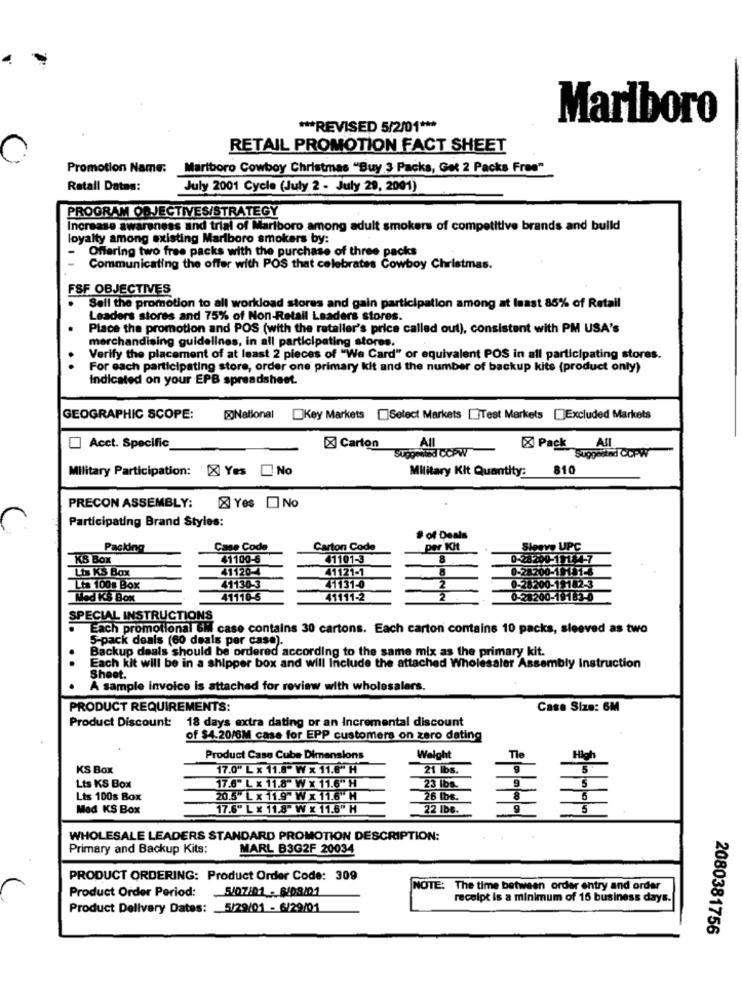
Marlboro
*** REVISED 5/2/01 ***
RETAIL PROMOTION FACT SHEET
Promotion Name:
Marlboro Cowboy Christmas "Buy 3 Packs, Get 2 Packs Free"
Ratall Datas:
July 2001 Cycle (July 2 - July 29, 2001)
PROGRAM OBJECTIVES/STRATEGY
Increase awareness and trial of Mariboro among adult smokers of competitive brands and build
loyalty among existing Marlboro smokers by:
Offering two free packs with the purchase of three packs
Communicating the offer with POS that celebrates Cowboy Christmas.
FSF OBJECTIVES
Sell the promotion to all workload stores and gain participation among at least 85% of Retail
Leaders stores and 75% of Non-Retail Leaders stores.
Place the promotion and POS (with the retaller's price called out), consistent with PM USA's
merchandising guidelines, in all participating stores.
Verify the placement of at least 2 pieces of "We Card" or equivalent POS in all participating stores.
For each participating store, order one primary kit and the number of backup kits (product only)
Indicated on your EPB spreadsheet.
GEOGRAPHIC SCOPE:
@National
Key Markets [Select Markets []Test Markets [Excluded Markets
All
Alt
Acct. Specific
X Carton
X Pack
suggestnd CCPW
Military Participation: X Yes
No
Military Kit Quantity:
810
PRECON ASSEMBLY:
Yes NO
Participating Brand Styles:
# of Deals
Packing
Case Code
Carton Code
per Kit
KS Box
41100-6
41101-3
8
Lis KS Box
41120-
41121-1
2
Lts 100g Box
41130-3
41131-0
Med KS Box
41110-5
41111-2
2
SPECIAL INSTRUCTIONS
Each promotional 6ii case contains 30 cartons. Each carton contains 10 packs, sleeved as two
5-pack deals (60 deals per case).
Backup deals should be ordered according to the same mix as the primary kit.
Each kit will be in a shipper box and will Include the attached Wholesaler Assembly Instruction
Shoot.
A sample invoice is attached for review with wholesalers.
PRODUCT REQUIREMENTS:
Case Size: 6M
Product Discount: 18 days extra dating or an Incremental discount
of $4.20/6M case for EPP customers on zero dating
Tle
Product Case Cube Dimensions
Weight
High
KS Box
17.0" L x 11.8" W x 11.8" H
21 lbs.
5
9
Lts KS Box
17.6" L x 11.8" W x 11.6" H
23 lbs.
5
Lts 100s Box
20.5" L x 11.9" Wx 11.6"H
26 lbs.
5
Med KS Box
17.6" L x 11.8" W x 11.6" H
22 lbs.
g
5
WHOLESALE LEADERS STANDARD PROMOTION DESCRIPTION:
Primary and Backup Kits:
MARL B3G2F 20034
PRODUCT ORDERING: Product Order Code: 309
Product Order Period: 5/07/01 - 8/08/01
NOTE: The time between order entry and order
receipt is a minimum of 15 business days.
Product Delivery Dates: 5/29/01 - 6/29/01
2080381756